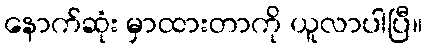
နောက်ဆုံး မှာထားတာကို ယူလာပါပြီ။